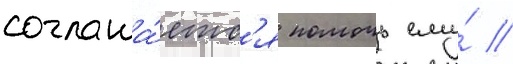
соглаша́етс'я помочь ему́ //